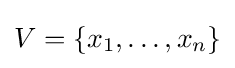
V=\{x_{1},\dots ,x_{n}\}